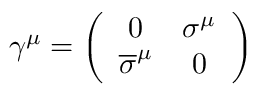
\begin{array} { r } { \gamma ^ { \mu } = \left( \begin{array} { c c } { 0 } & { \sigma ^ { \mu } } \\ { \overline { { \sigma } } ^ { \mu } } & { 0 } \end{array} \right) } \end{array}